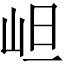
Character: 𭖌